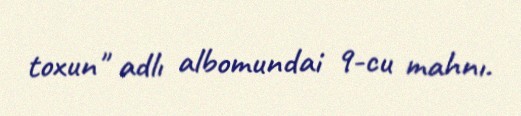
toxun" adlı albomundai 9-cu mahnı.